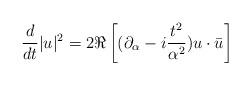
LaTeX: \begin{align*}\frac{d}{dt} |u|^2 = 2 \Re \left[( \partial_\alpha - i \frac{t^2}{\alpha^2}) u \cdot \bar u \right]\end{align*}